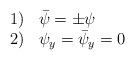
LaTeX: \begin{align*}\begin{array}{l l}1) & \bar{\psi} = \pm \psi\\2) & \psi_y = \bar{\psi}_y = 0\end{array}\end{align*}